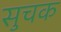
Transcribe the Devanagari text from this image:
सुचक